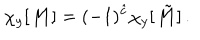
\chi _ { y } [ { \cal M } ] = ( - 1 ) ^ { \hat { c } } \chi _ { y } [ \tilde { \cal M } ] \, .